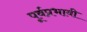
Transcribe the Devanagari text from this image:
पूर्वप्रभावी